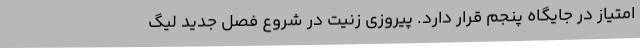
امتیاز در جایگاه پنجم قرار دارد. پیروزی زنیت در شروع فصل جدید لیگ